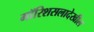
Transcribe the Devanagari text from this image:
मॉरिशसलादेखील